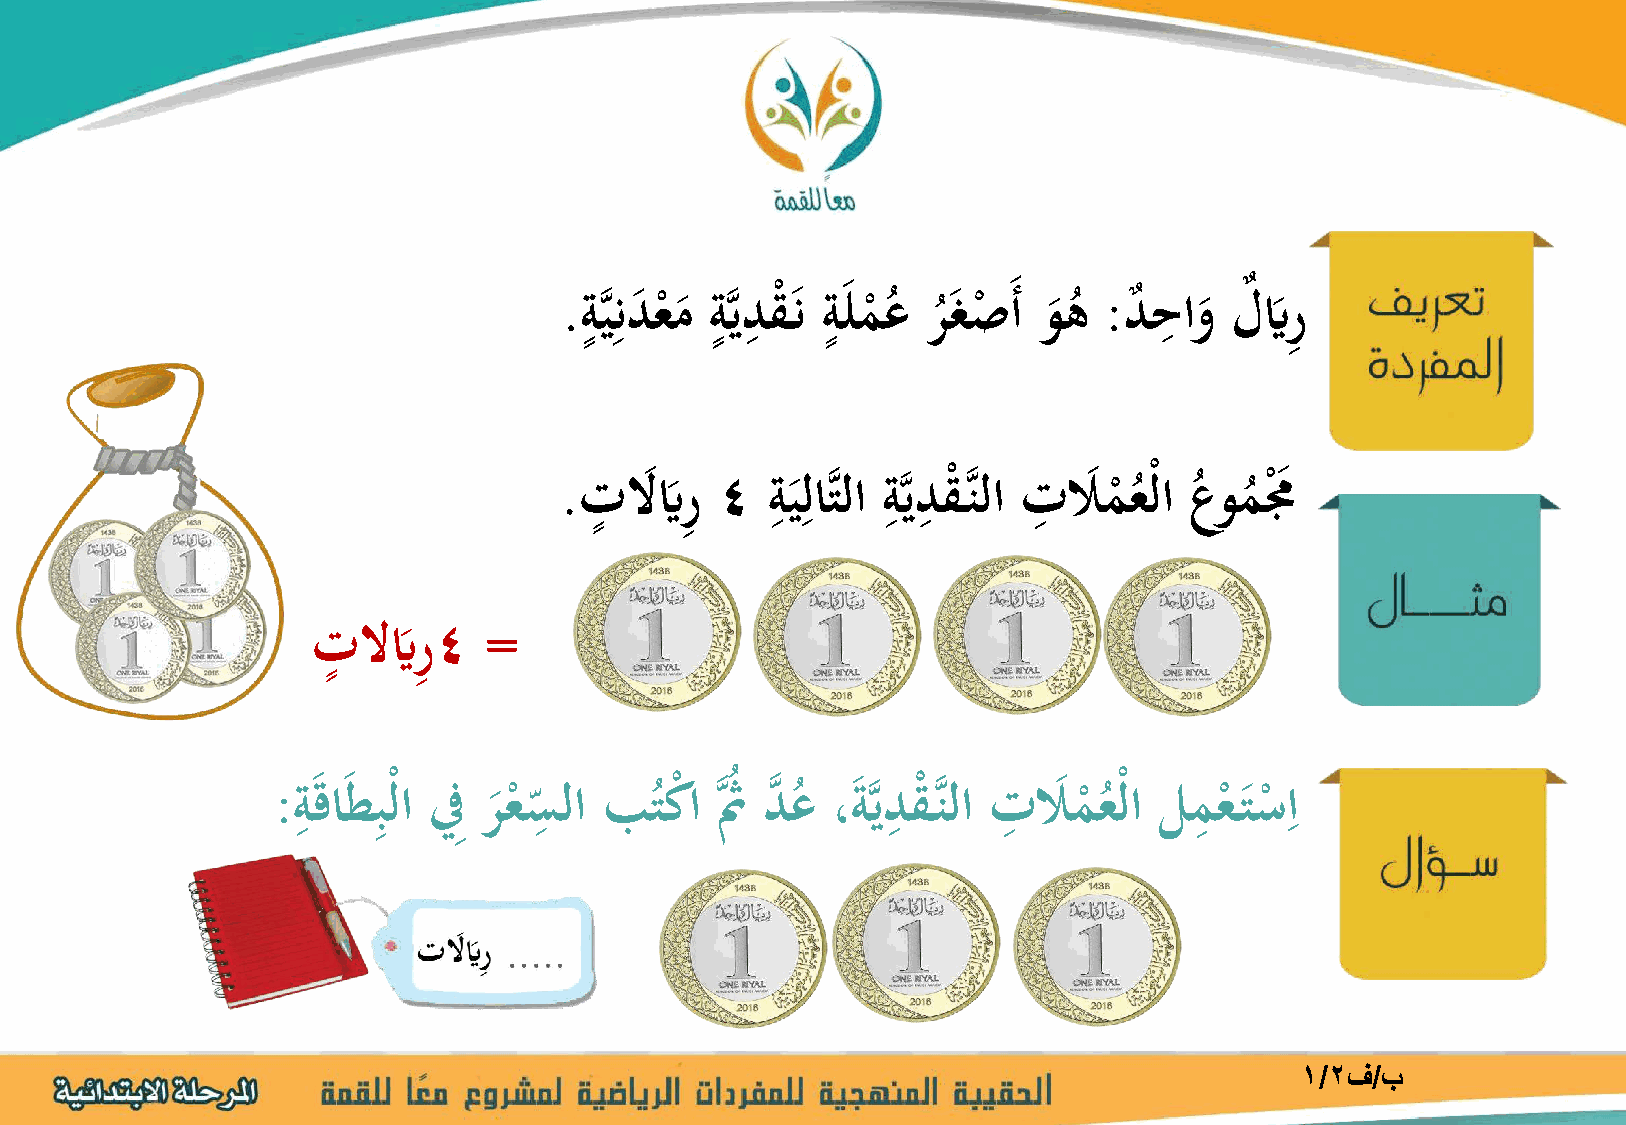
ٍ ِ      ٍ ِ    ٍ                      ِ
 ِ
 . ةََّّند
 ا
 ع
 ْ
 م
 ا
 ةَّيدقْ ان ةالم
 ْ
 ُع ر ُاغص
 ْ
 اأ و اه
 ُ
 : د
 ٌ
 حاو
 ا
 لٌ يَ ار
 ٍ           ِ ِ    ِ  ِ      ِ
 ِ
 . تلَ ايَ ار 4 ة اَّلاَّتلا ةَّيدقْ َّنلا تلَ ام
 ْ
 ُعْلا ُعوم
 ُ
 مَ ْا
 ٍ
 ِ
 تلَيَر4    =
 ا
 : ةِ اقااطِ بْلا فِِ رعسِ لا بت كْ ا َّثُُ دَّ ع ، اةَّيدِ قْ َّنلا تِ لَ امعْلا لمِ ع تسِ ا
 اْ         ُ        ُ                  ْ ُ       ْ ا ْ
 1/2ف/ب